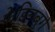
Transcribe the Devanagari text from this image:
फ्रेडिनबर्ग